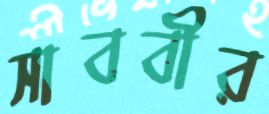
সাববীর